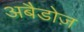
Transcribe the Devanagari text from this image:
अबैडोज़